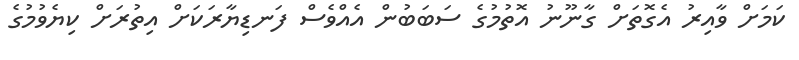
ކަމަށް ވާއިރު އެގޮތަށް ގާނޫނު އޮތުމުގެ ސަބަބުން އެއްވެސް ފަނޑިޔާރަކަށް އިތުރަށް ކިޔެވުމުގެ